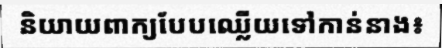
និយាយពាក្យបែបឈ្លើយទៅកាន់នាង៖